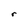
Character: r